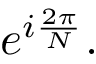
e ^ { i { \frac { 2 \pi } { N } } } .